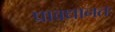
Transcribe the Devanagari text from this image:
प्रावधानतः